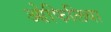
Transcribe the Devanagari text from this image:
ओफिलिया